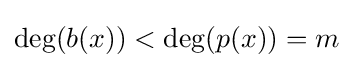
\deg(b(x))<\deg(p(x))=m